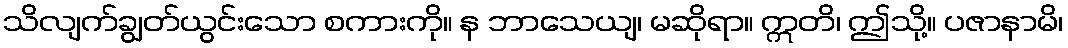
သိလျက်ချွတ်ယွင်းသော စကားကို။ န ဘာသေယျ၊ မဆိုရာ။ ဣတိ၊ ဤသို့။ ပဇာနာမိ၊